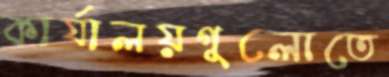
কার্যালয়গুলোতে